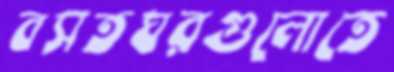
বসতঘরগুলোতে